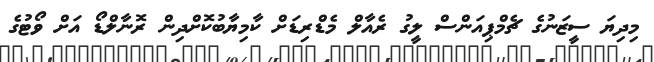
މިދިޔަ ސީޒަނުގެ ޗެމްޕިއަންސް ލީގު ރެއާލް މެޑްރިޑަށް ކާމިޔާބުކޮށްދިން ރޮނާލްޑޯ އަށް ވޯޓުގެ